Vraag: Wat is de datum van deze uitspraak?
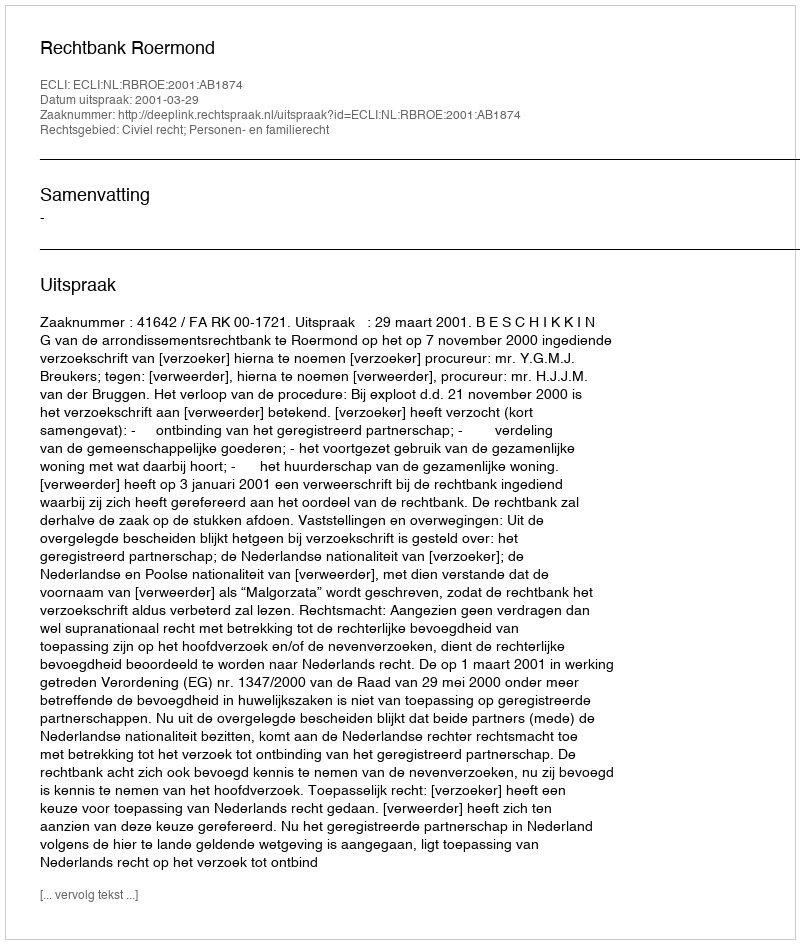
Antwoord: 2001-03-29